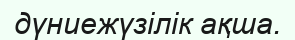
дүниежүзілік ақша.